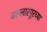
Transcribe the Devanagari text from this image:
बल्लारपूरच्या